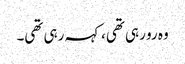
وہ رو رہی تھی،کہہ رہی تھی۔